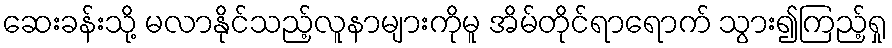
ဆေးခန်းသို့ မလာနိုင်သည့်လူနာများကိုမူ အိမ်တိုင်ရာရောက် သွား၍ကြည့်ရှု